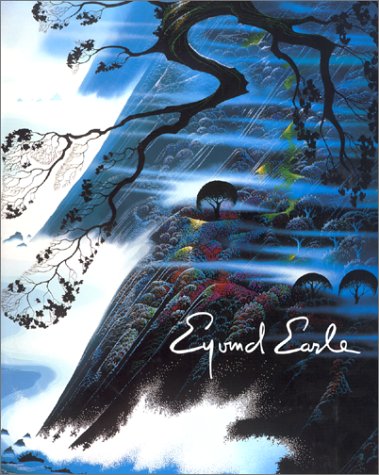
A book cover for The Complete Graphics of Eyvind Earle: And Selected Poems and Writings 1940-1990; Eyvind Earle; Arts & Photography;